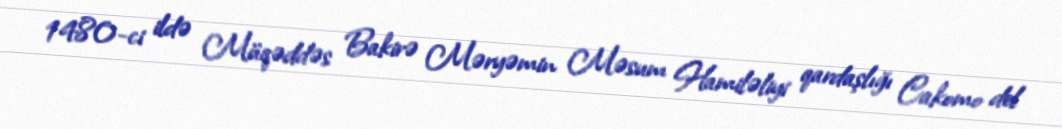
1480-ci ildə Müqəddəs Bakirə Məryəmin Məsum Hamiləliyi qardaşlığı Cakomo del